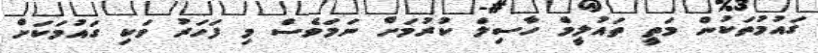
ގައުމުތަކުން މަތީ ތައުލީމް ހާސިލް ކުރުމަށް ނަމަވެސް މި ފަހަރު ވަކި ގައުމަކަށް